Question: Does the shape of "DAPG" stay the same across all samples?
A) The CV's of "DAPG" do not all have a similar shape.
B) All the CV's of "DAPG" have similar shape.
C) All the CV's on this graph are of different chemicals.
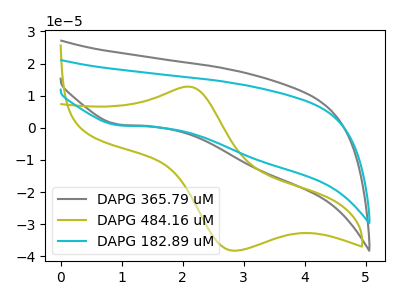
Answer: <think>The gray curve "DAPG 365.79 uM" has a cathodic peak at: (0.95V, 1.00uA). The olive curve "DAPG 484.16 uM" has an anodic peak at (2.10V, 12.85uA) and a cathodic peak at (2.85V, -38.25uA). The cyan curve "DAPG 182.89 uM" has a cathodic peak at: (0.95V, 0.80uA).
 "DAPG 365.79 uM" and "DAPG 484.16 uM" have a different number of peaks. All the peaks in "DAPG 365.79 uM" have a peak in "DAPG 182.89 uM" at the same potential. Every peak in "DAPG 365.79 uM" is lower than every peak in "DAPG 182.89 uM". "DAPG 484.16 uM" and "DAPG 182.89 uM" have a different number of peaks.</think>
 <answer>B) All the CV's of "DAPG" have similar shape.</answer>
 <eval>B</eval>